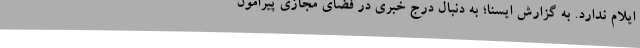
ایلام ندارد. به گزارش ایسنا؛ به دنبال درج خبری در فضای مجازی پیرامون